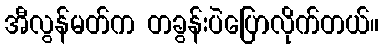
အီလွန်မတ်က တခွန်းပဲပြောလိုက်တယ်။